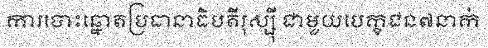
ការបោះឆ្នោតប្រធានាធិបតីរុស្ស៊ី ជាមួយបេក្ខជន៧នាក់